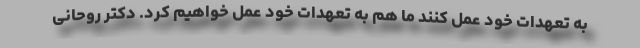
به تعهدات خود عمل کنند ما هم به تعهدات خود عمل خواهیم کرد. دکتر روحانی